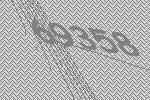
69358